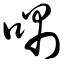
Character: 喁